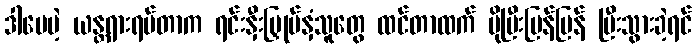
ဒါပေမဲ့ ယန္တရားရပ်တာက ရင်းနှီးမြှုပ်နှံသူတွေ ထင်တာထက် ပိုပြီးမြန်မြန် ပြီးသွားခဲ့ရင်